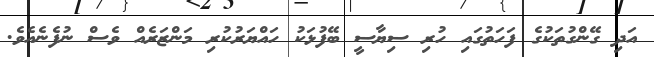
އަދި ގޭންގުތަކުގެ ފަހަތުގައި ހުރި ސިޔާސީ ބޭފުޅަކު ހައްޔަރުކުރި މަންޒަރެއް ވެސް ނުފެނެއެވެ.